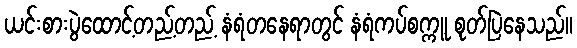
ယင်းစားပွဲထောင့်တည့်တည့် နံရံတနေရာတွင် နံရံကပ်စက္ကူ စုတ်ပြဲနေသည်။